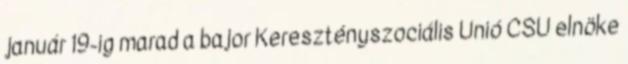
január 19-ig marad a bajor Keresztényszociális Unió CSU elnöke